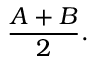
{ \frac { A + B } { 2 } } .